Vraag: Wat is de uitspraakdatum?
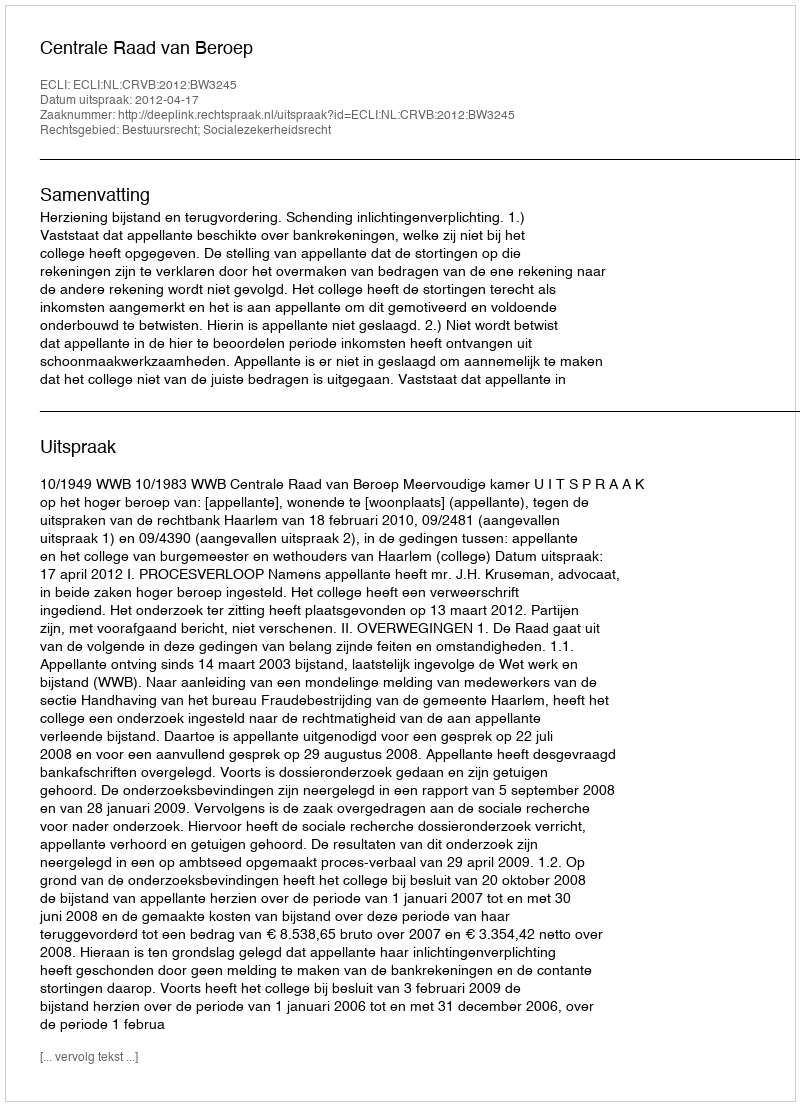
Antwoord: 2012-04-17